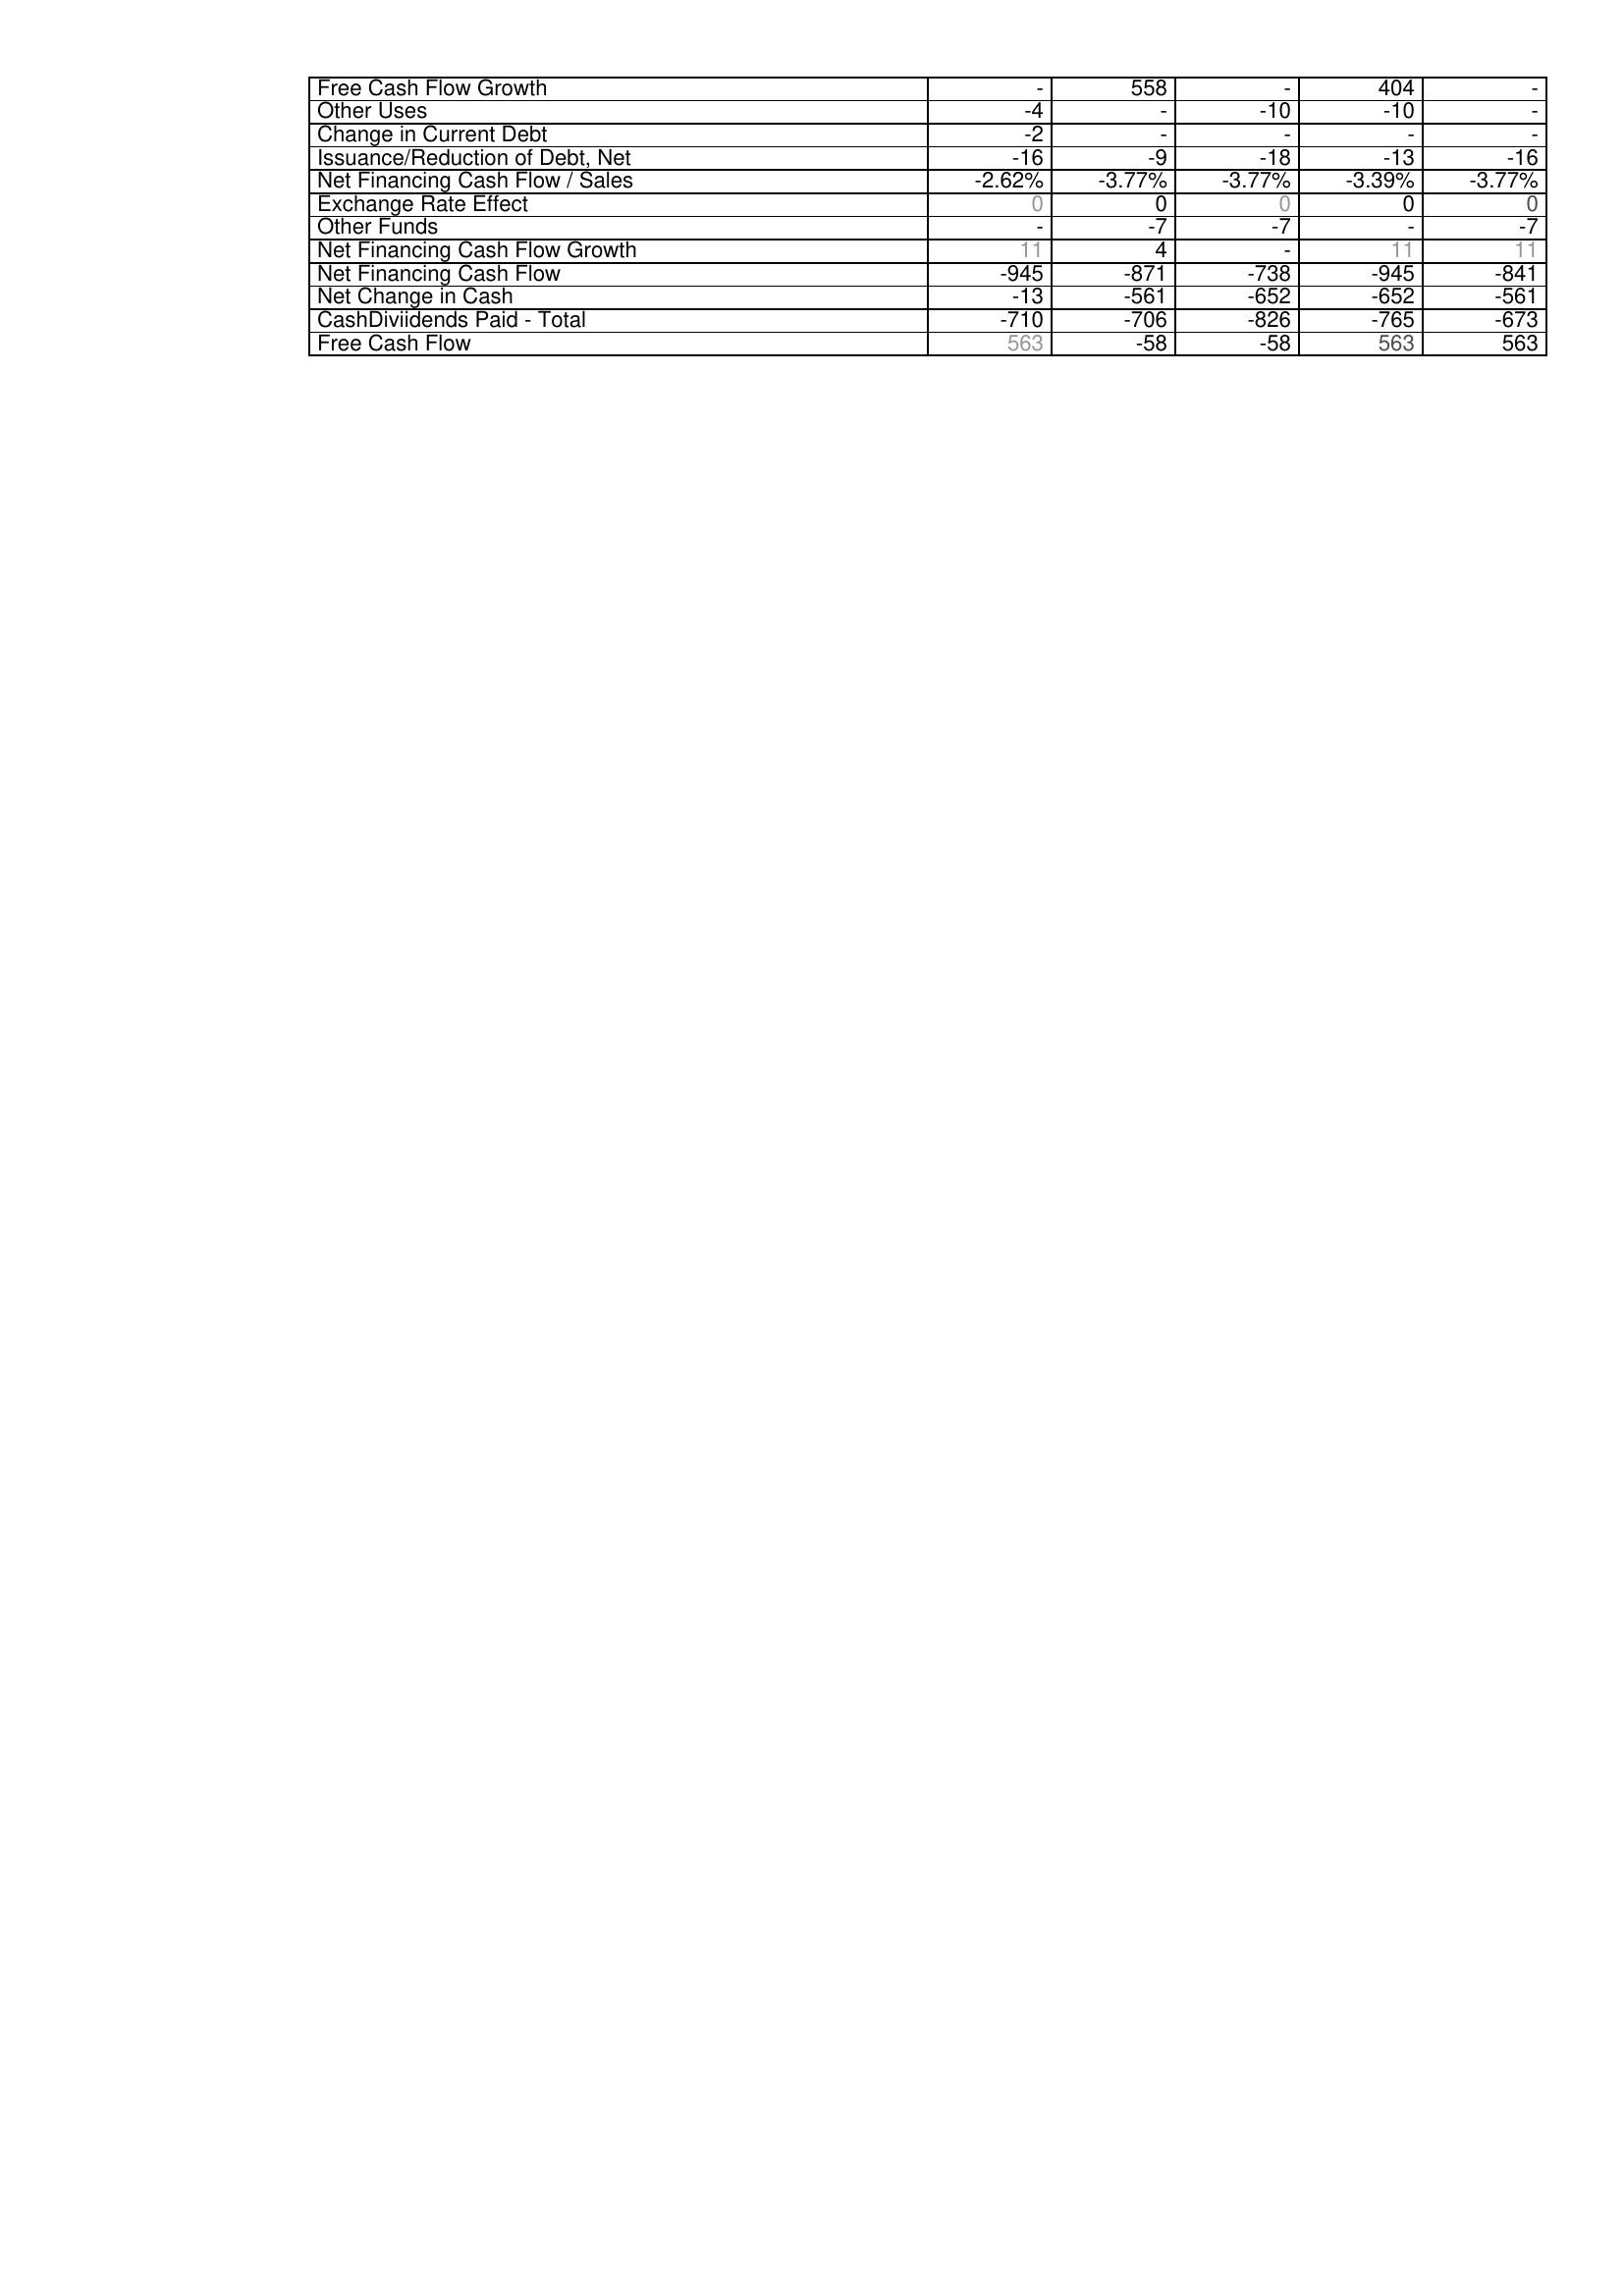
2011: Financing Activities: Free Cash Flow Growth: -
Other Uses: -4
Change in Current Debt: -2
Issuance/Reduction of Debt, Net: -16
Net Financing Cash Flow / Sales: -2.62%
Exchange Rate Effect: 0
Other Funds: -
Net Financing Cash Flow Growth: 11
Net Financing Cash Flow: -945
Net Change in Cash: -13
CashDiviidends Paid - Total: -710
Free Cash Flow: 563
2010: Financing Activities: Free Cash Flow Growth: 558
Other Uses: -
Change in Current Debt: -
Issuance/Reduction of Debt, Net: -9
Net Financing Cash Flow / Sales: -3.77%
Exchange Rate Effect: 0
Other Funds: -7
Net Financing Cash Flow Growth: 4
Net Financing Cash Flow: -871
Net Change in Cash: -561
CashDiviidends Paid - Total: -706
Free Cash Flow: -58
2009: Financing Activities: Free Cash Flow Growth: -
Other Uses: -10
Change in Current Debt: -
Issuance/Reduction of Debt, Net: -18
Net Financing Cash Flow / Sales: -3.77%
Exchange Rate Effect: 0
Other Funds: -7
Net Financing Cash Flow Growth: -
Net Financing Cash Flow: -738
Net Change in Cash: -652
CashDiviidends Paid - Total: -826
Free Cash Flow: -58
2008: Financing Activities: Free Cash Flow Growth: 404
Other Uses: -10
Change in Current Debt: -
Issuance/Reduction of Debt, Net: -13
Net Financing Cash Flow / Sales: -3.39%
Exchange Rate Effect: 0
Other Funds: -
Net Financing Cash Flow Growth: 11
Net Financing Cash Flow: -945
Net Change in Cash: -652
CashDiviidends Paid - Total: -765
Free Cash Flow: 563
2007: Financing Activities: Free Cash Flow Growth: -
Other Uses: -
Change in Current Debt: -
Issuance/Reduction of Debt, Net: -16
Net Financing Cash Flow / Sales: -3.77%
Exchange Rate Effect: 0
Other Funds: -7
Net Financing Cash Flow Growth: 11
Net Financing Cash Flow: -841
Net Change in Cash: -561
CashDiviidends Paid - Total: -673
Free Cash Flow: 563